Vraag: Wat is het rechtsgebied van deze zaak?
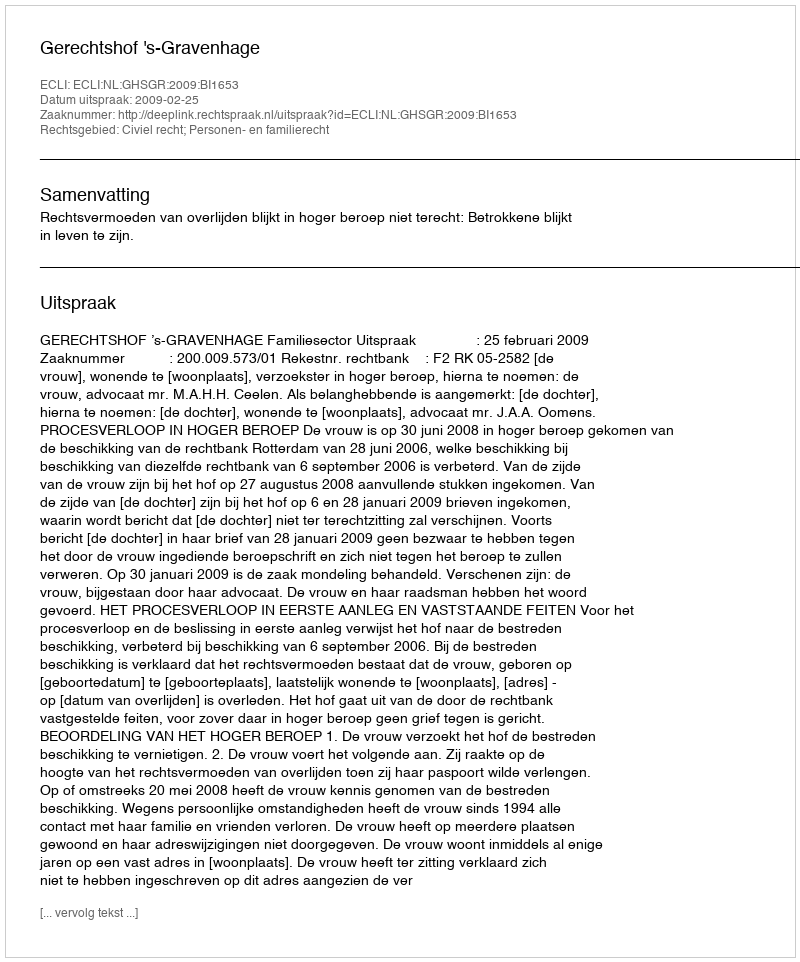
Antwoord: Civiel recht; Personen- en familierecht